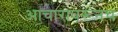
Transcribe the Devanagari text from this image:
आचारावरूनच